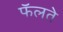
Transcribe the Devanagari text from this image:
फॅलते